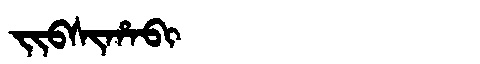
Manchu: ᠵᡳᠪᠰᡳᡥᠠᠪᡳ
Romanization: JIBSIHABI